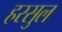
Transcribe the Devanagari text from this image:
हरसुल